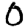
Digit: 0